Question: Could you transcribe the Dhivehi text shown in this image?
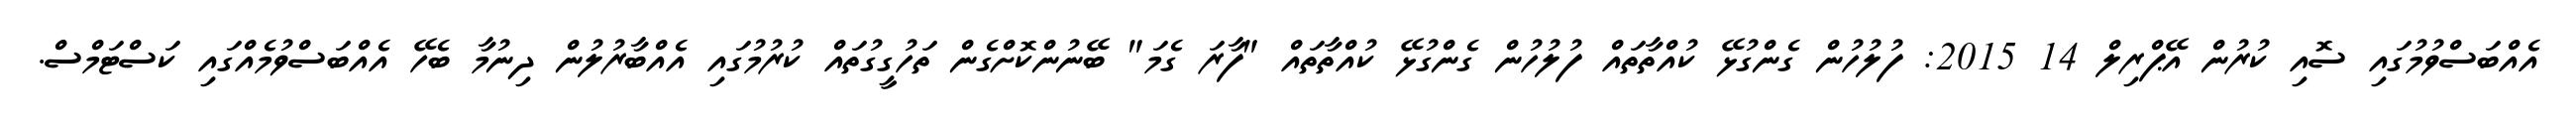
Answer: އެއްބަސްވުމުގައި ސޮއި ކުރުން އޭޕްރިލް 14 2015: ފުލުހުން ގެންގުޅޭ ކުއްތާތައް ފުލުހުން ގެންގުޅޭ ކުއްތާތައް "ފާރަ ގެމަ" ބޭނުންކޮށްގެން ތަހުގީގުތައް ކުރުމުގައި އެއްބާރުލުން ދިނުމާ ބެހޭ އެއްބަސްވުމެއްގައި ކަސްޓަމްސް.